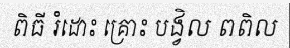
ពិធី រំដោះ គ្រោះ បង្វិល ពពិល